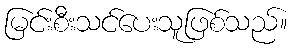
မြင်းစီးသင်ပေးသူဖြစ်သည်။